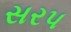
સરપ